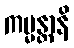
ကမ္မန္တာနိ